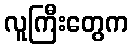
လူကြီးတွေက